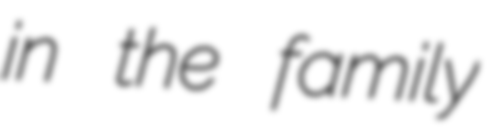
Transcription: in the family